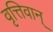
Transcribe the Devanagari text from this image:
वृत्तिवान्